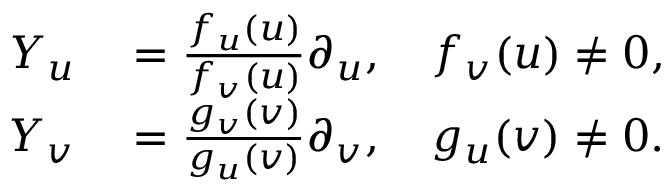
\begin{array} { r l } { Y _ { u } } & { { } = \frac { f _ { u } ( u ) } { f _ { v } ( u ) } \partial _ { u } , \quad f _ { v } ( u ) \neq 0 , } \\ { Y _ { v } } & { { } = \frac { g _ { v } ( v ) } { g _ { u } ( v ) } \partial _ { v } , \quad g _ { u } ( v ) \neq 0 . } \end{array}